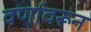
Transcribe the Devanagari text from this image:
वर्णावरून